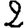
Digit: 2